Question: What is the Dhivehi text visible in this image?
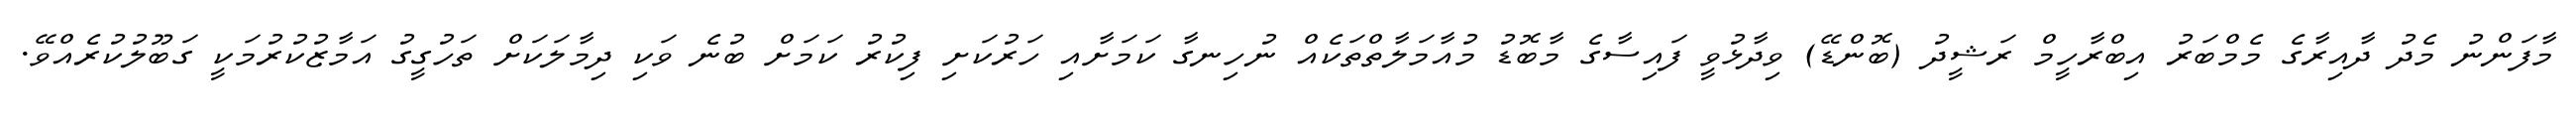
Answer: މާފަންނު މެދު ދާއިރާގެ މެމްބަރު އިބްރާހީމް ރަޝީދު (ބޮންޑޭ) ވިދާޅުވީ ފައިސާގެ މާބޮޑު މުއާމަލާތްތަކެއް ނުހިނގާ ކަމަށާއި ހަރުކަށި ފިކުރު ކަމަށް ބުނެ ވަކި ދިމާލަކަށް ތަހުގީގު އަމާޒުކުރުމަކީ ގަބޫލުކުރެއްވޭ.